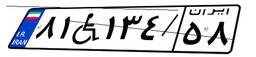
۸۱W۱۳۴۵۸